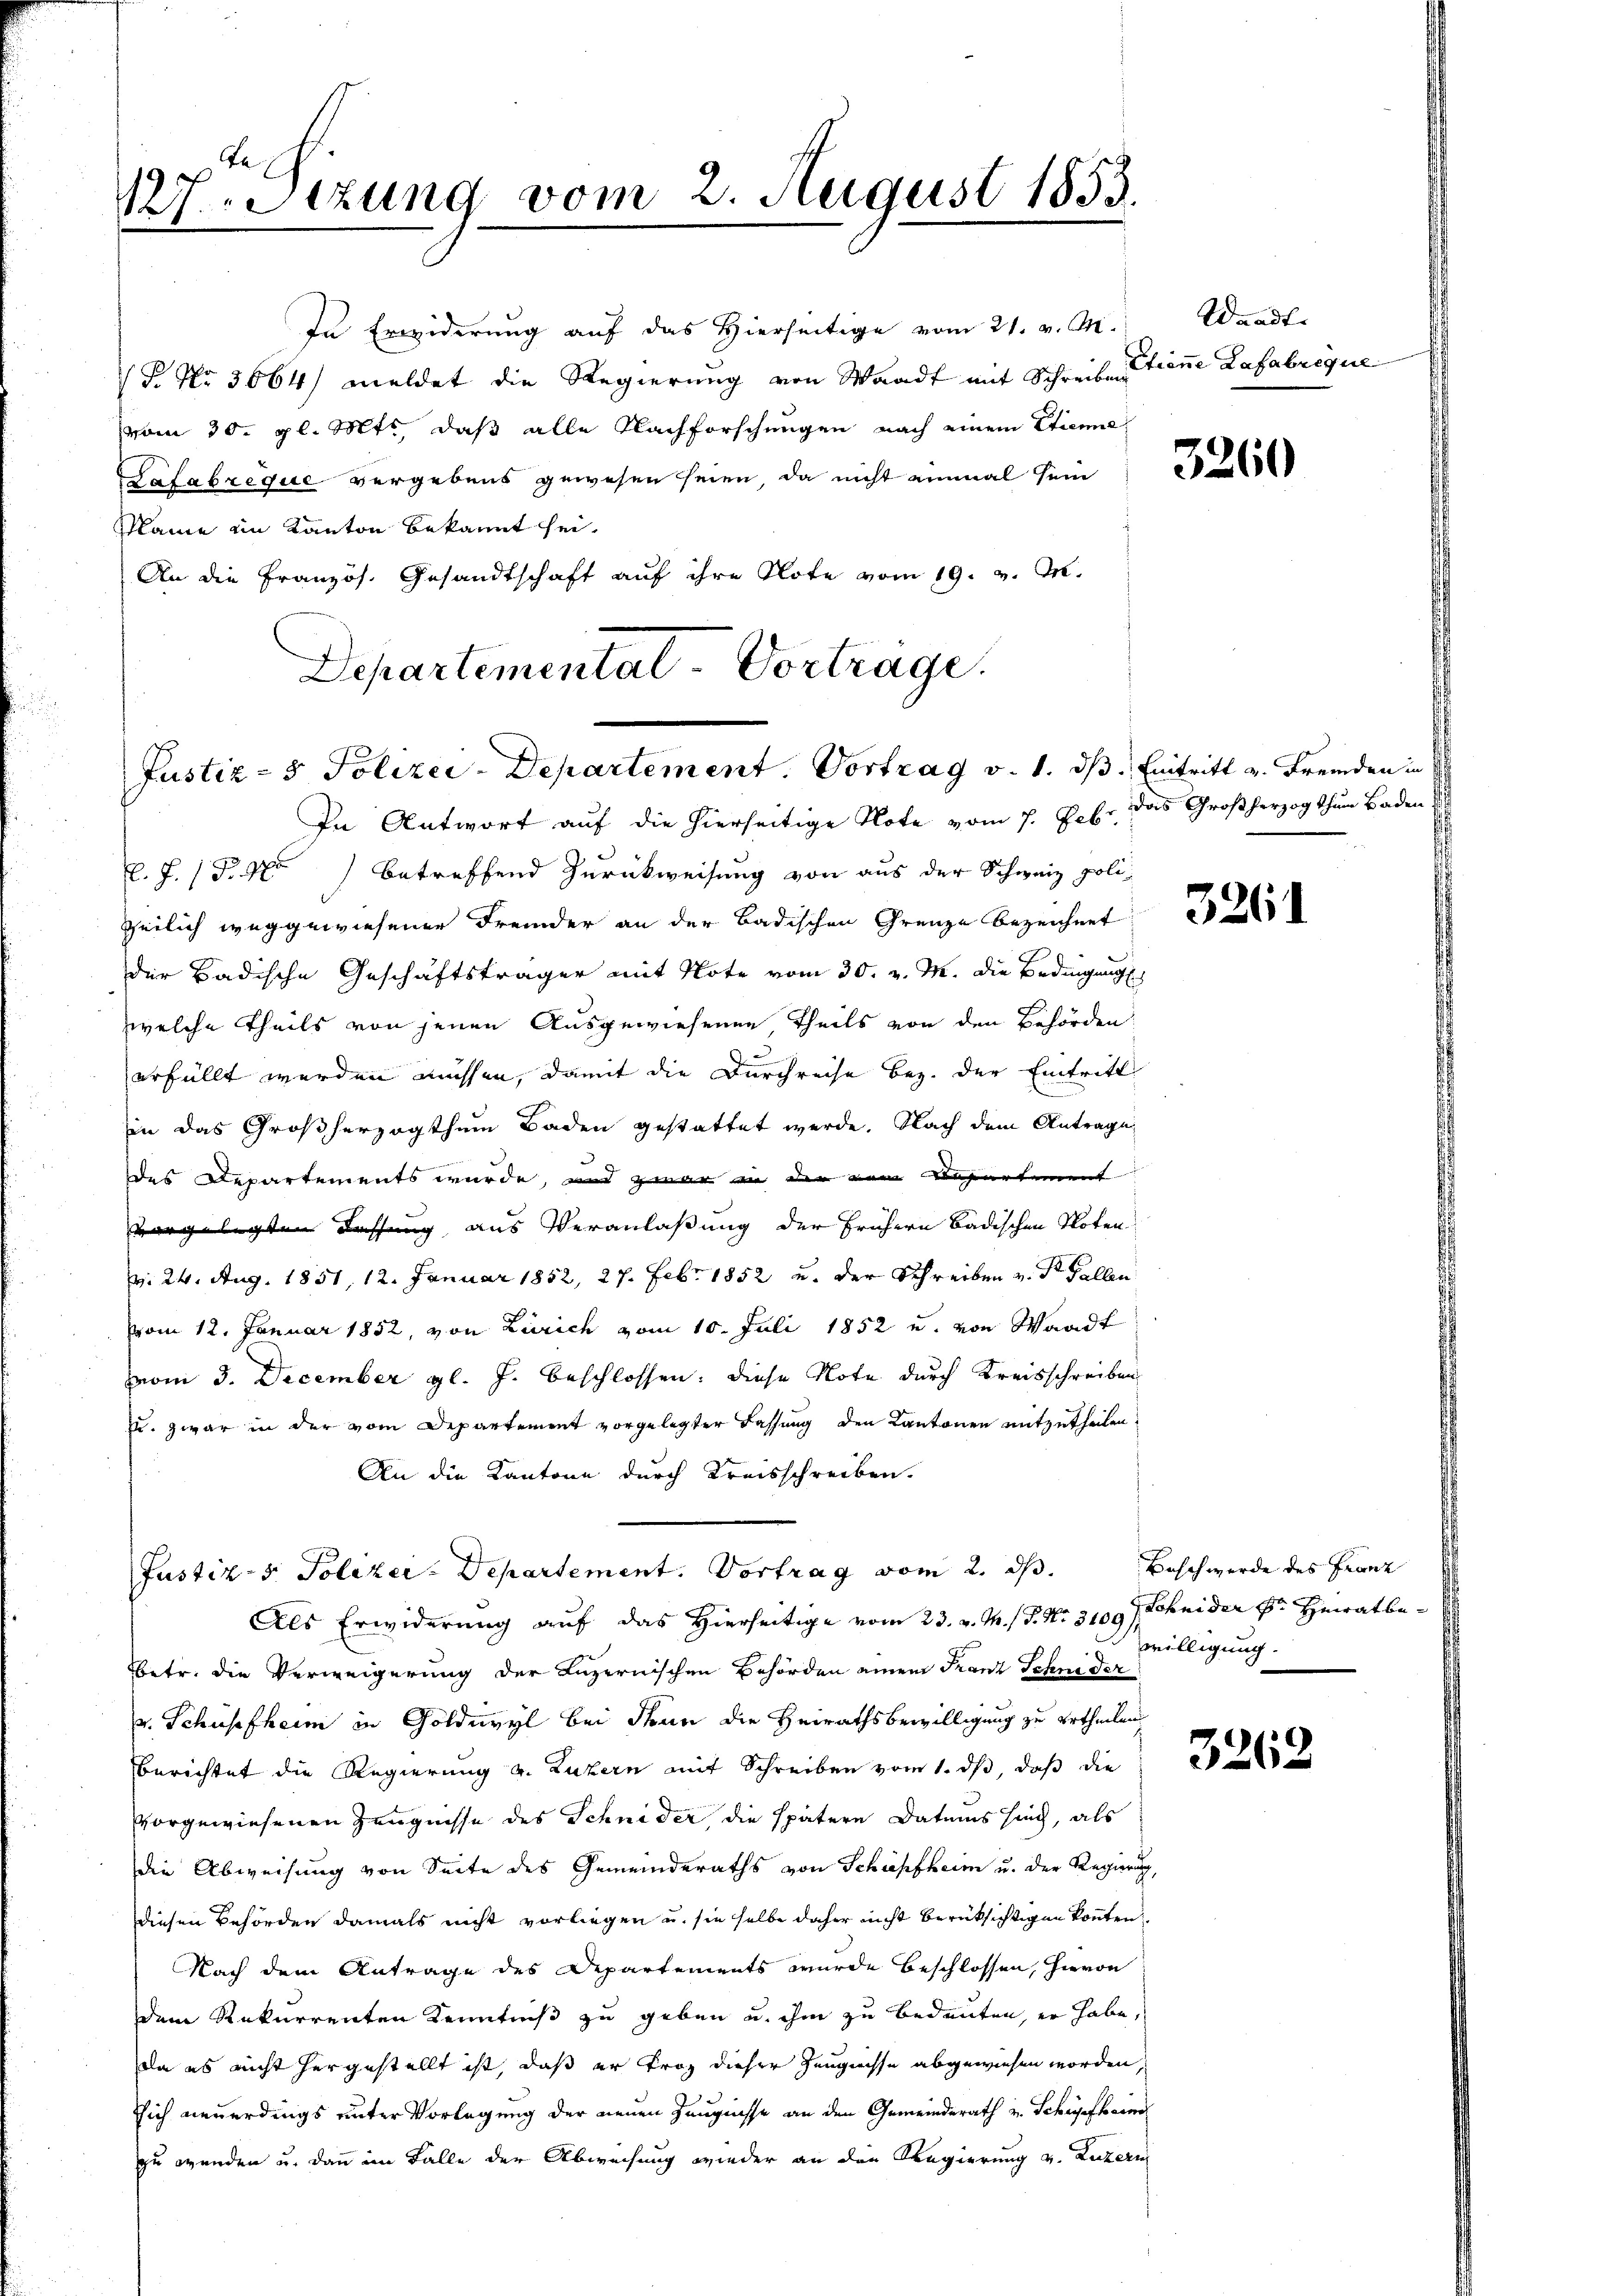
127. Sitzung vom 2. August 1853.

In Erwiderung auf das Hierseitige vom 21. v. M. Waadt
T. No 3664) meldet die Regierung von Waadt mit Schreiben
vom 30. gl. Mts., daß alle Nachforschungen nach einem Etien¬
Lafabrique vergebens gewesen seien, da nicht einmal sein
Plame ein Kanton bekannt sei.
An die Französ. Gesandtschaft auf ihre Note vom 19. v. M.
In Antwort auf die hierseitige Note vom 7. Febr. das Großherzogthum Baden
.J. (T. 4) betreffend Zurückweisung von aus der Schweiz politeilich weggewiesener Fremder an der Badischen Grenze bezeichnet
der Badische Geschäftsträger mit Note vom 30. v. M. die Bedingung
welche Theils von jenen Ausgewiesenen Theils von den Behörden
erfüllt werden müssen, damit die Durchreise bez. der Eintritt
in das Großherzogthum Baden gestattet werde. Nach dem Antrage
des Departements wurde, und zwar in der vom Departement
vorgelegten Lassung aus Veranlaßung der frühern Badischen Noten
v. 24. Aug. 1851, 12. Januar 1852, 27. Febr. 1852 u. der Schreiben v. Dr Fallen
vom 12. Januar 1852, von Zürich vom 10. Juli 1852 u. von Waadt
vom 3. December gl. J. beschlossen: diese Note durch Kreisschreiben
. zwar in der vom Departement vorgelegter Fassung den Kantonen mitzutheilen.
An die Kantone durch Kreisschreiben.
Justiz- & Polizei-Departement. Vortrag vom 2. ds.
Als Erwiderung auf das Hierseitige vom 23. v. M. P. Nr. 3109 Schnider Dr. Heirat be¬
Betr. die Verweigerung der Luzernischen Behörden einem Franz Schne der
v. Schüsefheim in Goldiwyl bei denn die Heirathsbewilligung zu ertheilen
berichtet die Regierung v. Luzern mit Schreiben vom 1. ds, daß die
vorgewiesenen Zeugnisse des Schnider die spätere Datums sind, als
die Abweisung von Seite des Gemeinderaths von Schüpfheim u. der Regierung,
diesen Behörden damals nicht vorliegen u. sie selbe daher nicht berüksichtigen konnten
Nach dem Antrage des Departements wurde beschlossen, hievon
dem Rekurrenten Kenntniß zu geben u. ihm zu bedeuten, er habe,
da es nicht hergestellt ist, daß er troz dieser Zeugnisse abgewiesen worden,
sich neuerdings unter Vorlegung der neuen Zeugnisse an den Gemeinderath v. Schiehen
zu wenden u. dann im Falle der Abweisung wieder an den Regierung v. Luzern

Departementat Vortrage.
Justiz- & Polizei-Departement Vortrag v. 1. ds. Eintritt v. Fremden in

Etienne Lafabrique

3260

3261

Basch werde des Franz
willigung.

3262